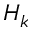
H _ { k }